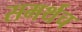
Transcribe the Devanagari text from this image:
समर्थच